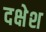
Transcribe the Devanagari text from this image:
दक्षेश